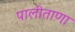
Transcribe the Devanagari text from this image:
पालीताणा